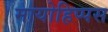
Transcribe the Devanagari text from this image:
मायोहिप्पस